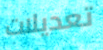
تعديلات